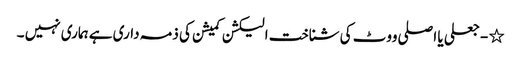
٭ - جعلی یا اصلی ووٹ کی شناخت الیکشن کمیشن کی ذمہ داری ہے ہماری نہیں ۔